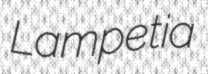
Lampetia